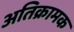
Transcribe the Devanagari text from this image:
अतिक्रामक